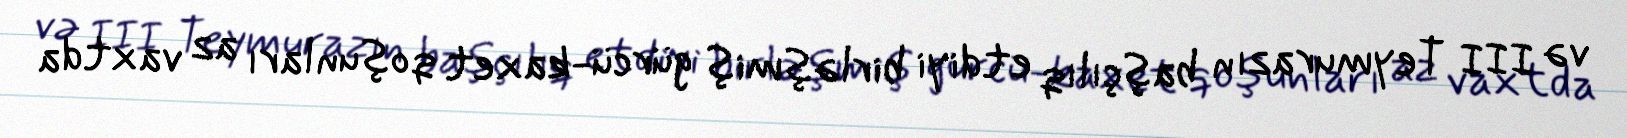
və III Teymurazın başçılıq etdiyi birləşmiş gürcü-kaxet qoşunları az vaxtda